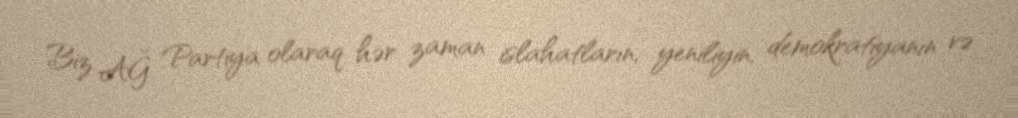
Biz AĞ Partiya olaraq hər zaman islahatların, yeniliyin, demokratiyanın və